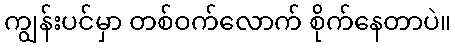
ကျွန်းပင်မှာ တစ်ဝက်လောက် စိုက်နေတာပဲ။